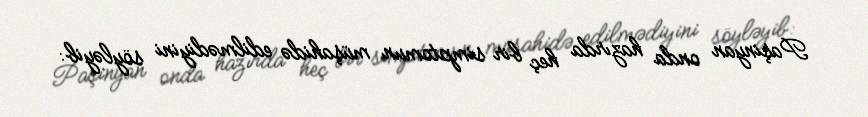
Paşinyan onda hazırda heç bir simptomun müşahidə edilmədiyini söyləyib: